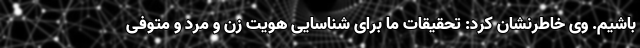
باشیم. وی خاطرنشان کرد: تحقیقات ما برای شناسایی هویت زن و مرد و متوفی